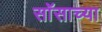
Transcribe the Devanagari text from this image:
सॉसाच्या